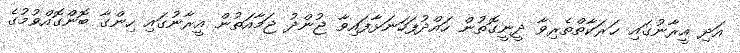
އަދި އީރާނުގައި ޙަރަކާތްތެރިވާ ދީނީގޮތުން ހައްދުފަހަނަޅާފައިވާ ޖުންދު ޖަމާއަތުން އީރާނުގައި ހިންގާ ބޮންގޮއްވުުމުގެ